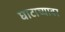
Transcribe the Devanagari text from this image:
घाटाच्यावर